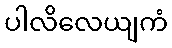
ပါလိလေယျကံ